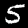
Digit: 5